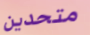
متحدين